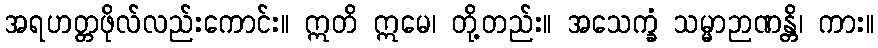
အရဟတ္တဖိုလ်လည်းကောင်း။ ဣတိ ဣမေ၊ တို့တည်း။ အသေက္ခံ သမ္မာဉာဏန္တိ၊ ကား။